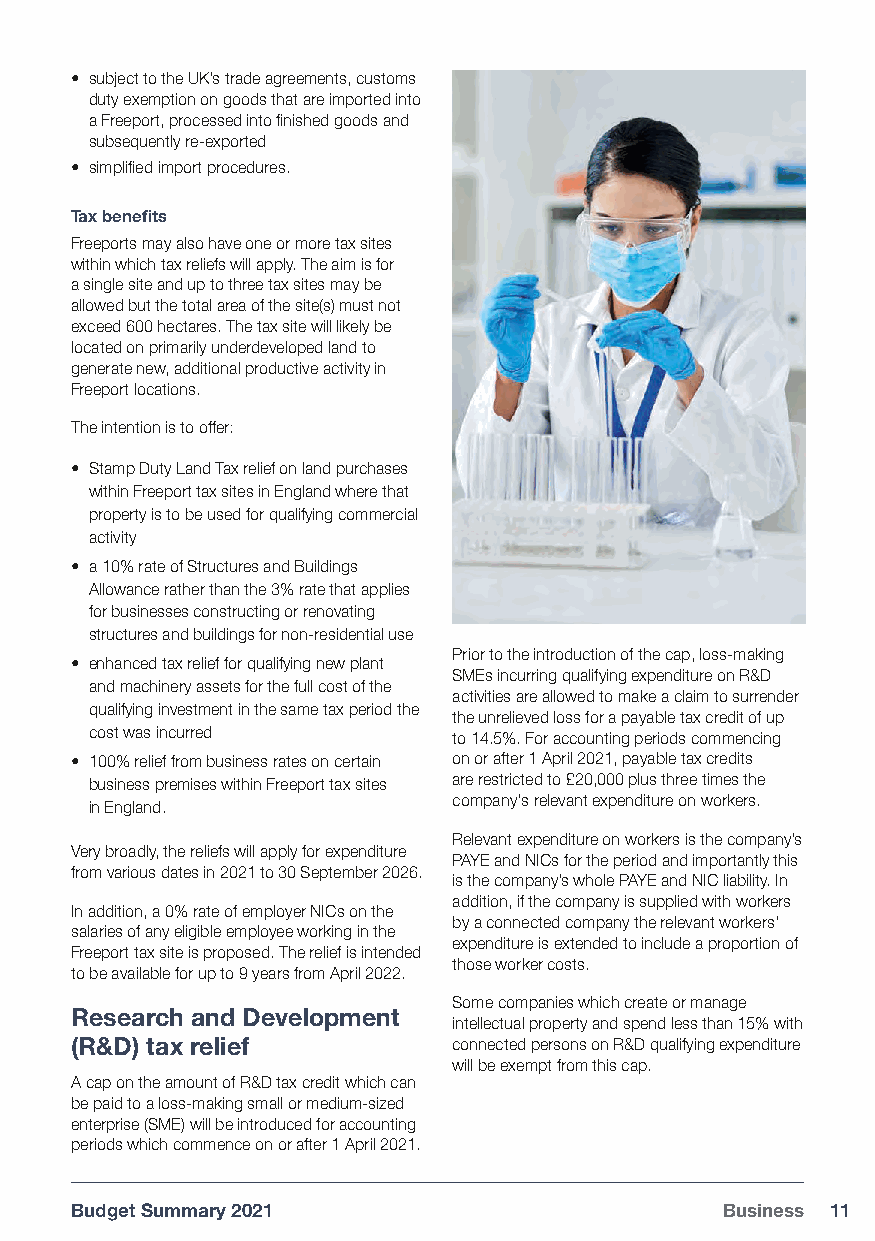
• subject to the UK’s trade agreements, customs
 duty exemption on goods that are imported into
 a Freeport, processed into finished goods and
 subsequently re-exported
 • simplified import procedures.
 Tax benefits
 Freeports may also have one or more tax sites
 within which tax reliefs will apply. The aim is for
 a single site and up to three tax sites may be
 allowed but the total area of the site(s) must not
 exceed 600 hectares. The tax site will likely be
 located on primarily underdeveloped land to
 generate new, additional productive activity in
 Freeport locations.
 The intention is to offer:
 • Stamp Duty Land Tax relief on land purchases
 within Freeport tax sites in England where that
 property is to be used for qualifying commercial
 activity
 • a 10% rate of Structures and Buildings
 Allowance rather than the 3% rate that applies
 for businesses constructing or renovating
 structures and buildings for non-residential use
 Prior to the introduction of the cap, loss-making
 • enhanced tax relief for qualifying new plant
 SMEs incurring qualifying expenditure on R&D
 and machinery assets for the full cost of the
 activities are allowed to make a claim to surrender
 qualifying investment in the same tax period the
 the unrelieved loss for a payable tax credit of up
 cost was incurred       to 14.5%. For accounting periods commencing
 • 100% relief from business rates on certain on or after 1 April 2021, payable tax credits
 business premises within Freeport tax sites are restricted to £20,000 plus three times the
 company's relevant expenditure on workers.
 in England.
 Relevant expenditure on workers is the company’s
 Very broadly, the reliefs will apply for expenditure
 PAYE and NICs for the period and importantly this
 from various dates in 2021 to 30 September 2026.
 is the company’s whole PAYE and NIC liability. In
 addition, if the company is supplied with workers
 In addition, a 0% rate of employer NICs on the
 by a connected company the relevant workers’
 salaries of any eligible employee working in the
 expenditure is extended to include a proportion of
 Freeport tax site is proposed. The relief is intended
 those worker costs.
 to be available for up to 9 years from April 2022.
 Some companies which create or manage
 Research and Development
 intellectual property and spend less than 15% with
 (R&D) tax relief         connected persons on R&D qualifying expenditure
 will be exempt from this cap.
 A cap on the amount of R&D tax credit which can
 be paid to a loss-making small or medium-sized
 enterprise (SME) will be introduced for accounting
 periods which commence on or after 1 April 2021.
 Budget Summary 2021                        Business 11